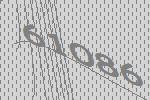
61086